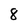
Character: 8